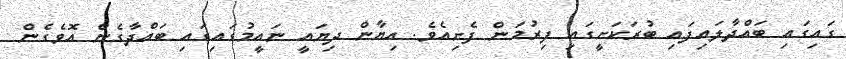
ގައިގައި ބައްދާލައިފައި ބުރަކަށީގައި ފިރުމަން ފެށިއެވެ. އިޔާން ދިޔައީ ނައީމުގައިގައި ބައްދާގެން އޮވެގެން